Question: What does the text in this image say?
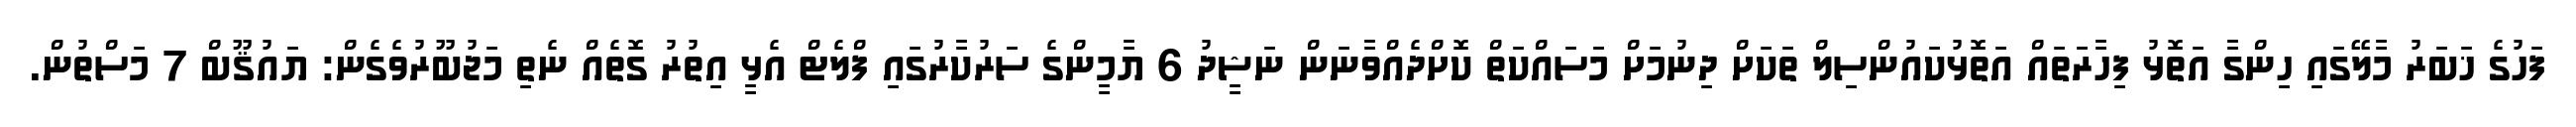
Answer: ފަހުގެ ޚަބަރު މާލޭގައި ހިންގާ އަތޮޅު ފިހާރަތައް އަތޮޅުކައުންސިލް ތަކަށް ދިނުމަށް މަސައްކަތް ކޮށްދެއްވާނަން ނަޝީދު 6 ޔާމީންގެ ސަރުކާރުގައި ފްލެޓް އެޅީ އިތުރު ގޮތެއް ނެތި މަޖުބޫރުވެގެން: ޔައުޤޫބް 7 މަސްތުން.